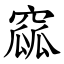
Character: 窳